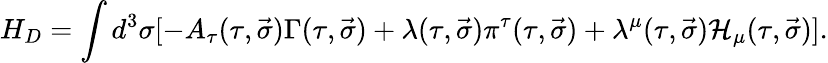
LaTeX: H_{D}=\int d^{3}\sigma[-A_{\tau}(\tau,\vec{\sigma})\Gamma(\tau,\vec{\sigma})+\lambda(\tau,\vec{\sigma})\pi^{\tau}(\tau,\vec{\sigma})+\lambda^{\mu}(\tau,\vec{\sigma}){\cal H}_{\mu}(\tau,\vec{\sigma})].